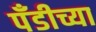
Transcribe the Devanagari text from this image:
पँडीच्या